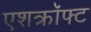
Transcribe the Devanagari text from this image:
एशक्रॉफ्ट